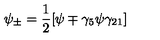
\psi _ { \pm } = \frac { 1 } { 2 } [ \psi \mp \gamma _ { 5 } \psi \gamma _ { 2 1 } ]